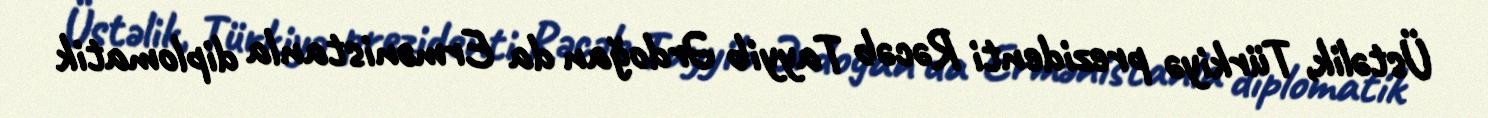
Üstəlik, Türkiyə prezidenti Rəcəb Tayyib Ərdoğan da Ermənistanla diplomatik